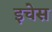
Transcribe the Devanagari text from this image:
इचेस